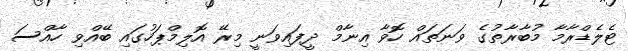
ޓެލެޑްރާމާ މުބާރާތުގެ ވަނަތައް ހޮވާ އިނާމް ދީފައިވަނީ މިރޭ އޮލިމްޕަހުގައި ބޭއްވި ހާއްސަ